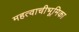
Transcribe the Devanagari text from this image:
महत्वाचीभूमिका